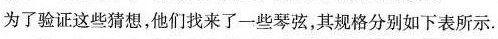
为了验证这些猜想，他们找来了一些琴弦，其规格分别如下表所示。